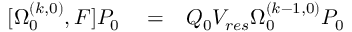
\begin{array} { r l r } { [ \Omega _ { 0 } ^ { ( k , 0 ) } , F ] P _ { 0 } } & { { } = } & { Q _ { 0 } V _ { r e s } \Omega _ { 0 } ^ { ( k - 1 , 0 ) } P _ { 0 } } \end{array}